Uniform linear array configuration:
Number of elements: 64
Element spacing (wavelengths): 1
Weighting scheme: hamming
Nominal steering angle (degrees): -15
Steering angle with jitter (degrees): -14.769
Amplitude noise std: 0.05
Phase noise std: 0.05

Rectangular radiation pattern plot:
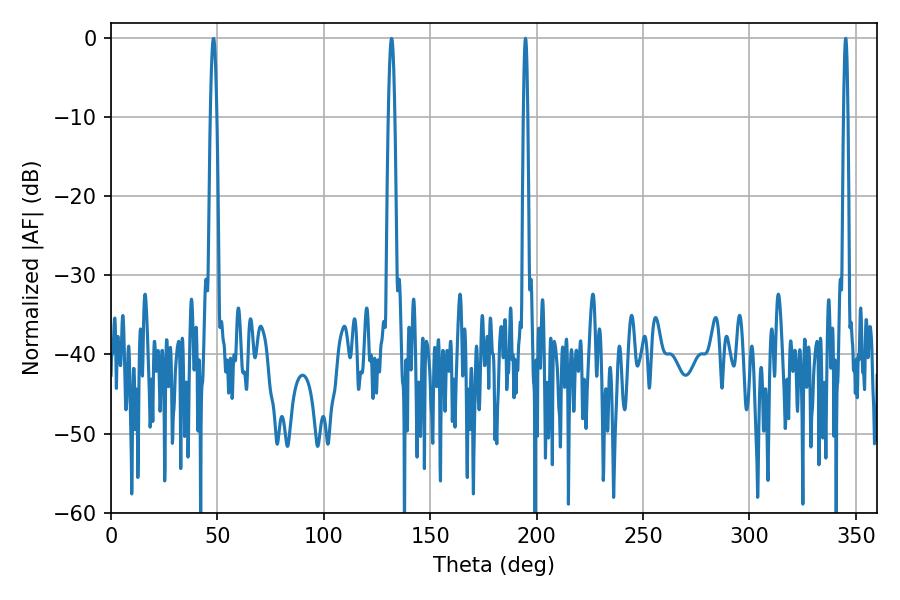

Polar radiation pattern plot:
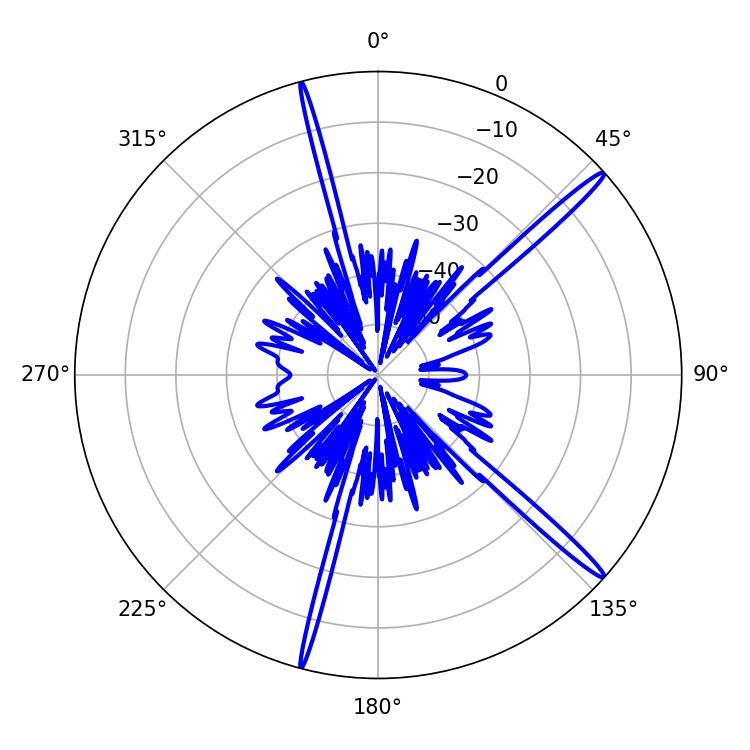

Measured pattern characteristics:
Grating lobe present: TRUE
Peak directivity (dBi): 17.328
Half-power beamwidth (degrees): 1.08
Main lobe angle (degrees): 194.76